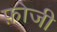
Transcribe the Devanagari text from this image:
फ़ोजी